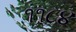
૧૧૮૪